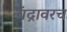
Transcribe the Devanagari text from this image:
चंद्रावरच